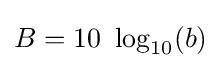
B=10\ \log _{10}(b)